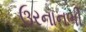
ઉરનાનભી